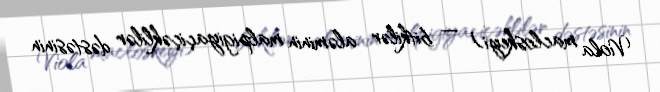
Viola macloskeyi) — bitkilər aləminin malpigiyaçiçəklilər dəstəsinin